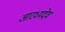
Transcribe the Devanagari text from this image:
आरध्यदेव